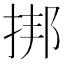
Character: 挷